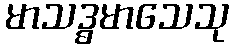
မာသဒ္ဓမာသေသု